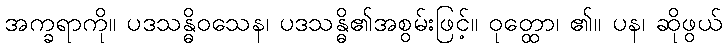
အက္ခရာကို။ ပဒသန္ဓိဝသေန၊ ပဒသန္ဓိ၏အစွမ်းဖြင့်။ ဝုတ္ထော၊ ၏။ ပန၊ ဆိုဖွယ်